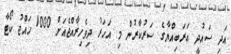
އަދި ސައުދީ އަރަބިއްޔާގެ ސަރުކާރުން މި އަހަރު ދިވެހިރާއްޖެއަށް 1000 ހައްޖު ކޯޓާ